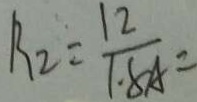
R _ { 2 } = \frac { 1 2 } { 1 . 8 A } =